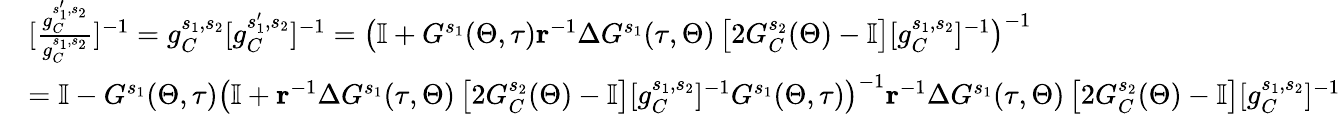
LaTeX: \begin{array}{rl}&{[\frac{g_{C}^{s_{1}^{\prime},s_{2}}}{g_{C}^{s_{1},s_{2}}}]^{-1}=g_{C}^{s_{1},s_{2}}[g_{C}^{s_{1}^{\prime},s_{2}}]^{-1}=\left(\mathbb{I}+G^{s_{1}}(\Theta,\tau)\mathbf{r}^{-1}\Delta G^{s_{1}}(\tau,\Theta)\left[2G_{C}^{s_{2}}(\Theta)-\mathbb{I}\right][g_{C}^{s_{1},s_{2}}]^{-1}\right)^{-1}}\\ &{=\mathbb{I}-G^{s_{1}}(\Theta,\tau)\left(\mathbb{I}+\mathbf{r}^{-1}\Delta G^{s_{1}}(\tau,\Theta)\left[2G_{C}^{s_{2}}(\Theta)-\mathbb{I}\right][g_{C}^{s_{1},s_{2}}]^{-1}G^{s_{1}}(\Theta,\tau)\right)^{-1}\mathbf{r}^{-1}\Delta G^{s_{1}}(\tau,\Theta)\left[2G_{C}^{s_{2}}(\Theta)-\mathbb{I}\right][g_{C}^{s_{1},s_{2}}]^{-1}}\end{array}